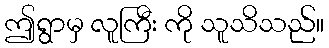
ဤရွာမှ လူကြီး ကို သူသိသည်။